Report on vaccination in Madras 1877-1894 - 1877-1894
Year: 1877
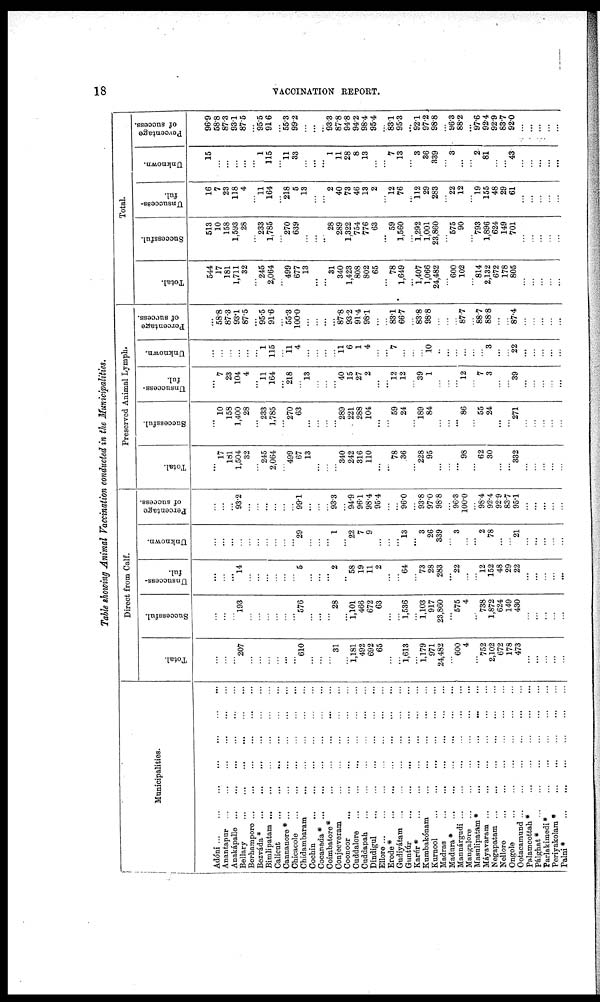
18
VACCINATION REPORT.
Table showing Animal Vaccination conducted in the Municipalities.
Municipalities.
Adóni
...
...
...
...
...
...
...
Anantapur ... ... ... ... ... ...
Anakápalle
...
...
...
...
...
...
Bellary
...
...
...
...
...
...
Berhampore ...
...
...
...
...
...
Bezváda*
...
...
...
...
...
...
Bimlipatam
...
...
...
...
...
...
Calicut
...
...
...
...
...
...
Cannanore*
...
...
...
...
...
...
Chicacole
...
...
...
...
...
...
Chidambaram
...
...
...
...
...
Cochin
...
...
...
...
...
...
Cocanada*
...
...
...
...
...
...
Coimbatore*
...
...
...
...
...
...
Conjeeveram
...
...
...
...
...
...
Coonoor
...
...
...
...
...
...
Cuddalore
...
...
...
...
...
...
Cuddapah
...
...
...
...
...
...
Dindigul
...
...
...
...
...
...
Ellore
...
...
...
...
...
...
Erode*
...
...
...
...
...
Gudiyátam ...
...
...
...
... ...
Guntúr
...
...
...
...
...
...
Karúr*
...
...
...
...
...
...
...
Kumbakónam
...
...
...
...
...
...
Kurnool ... ... ... ... ... ...
Madras
...
...
...
...
...
...
Madura*
...
...
...
...
...
...
Mannárgudi
...
...
...
...
...
...
Mangalore ...
...
...
...
...
...
Masulipatam*
...
...
...
...
...
...
Máyavaram
...
...
...
...
...
...
Negapatam
...
...
...
...
...
...
Nellore
...
...
...
...
...
...
Ongole
...
...
...
...
...
...
Ootacamund
...
...
...
...
...
...
Palamcottah *
...
...
...
...
...
...
Pálghat* ... ... ... ... ... ...
Parlakimedi*
...
...
...
...
...
...
Periyakolam *
...
...
...
...
...
...
Palni*
...
...
...
...
...
...
Direct from Calf.
Total.
...
...
...
207
...
...
...
...
...
...
610
...
...
...
31
...
1,181
492
692
65
...
...
1,613
...
1,179
971
24,482
...
600
4
...
752
2,102
672
178
473
...
...
...
...
...
Successful.
...
...
...
193
...
...
...
...
...
...
576
...
...
...
28
...
1,101
466
672
63
...
...
1,536
...
1,103
917
23,860
...
575
4
...
738
1,872
624
149
430
...
...
...
...
...
Unsuccess-
ful.
...
...
...
14
...
...
...
...
...
...
5
...
...
...
2
...
58
19
11
2
...
...
64
...
73
28
283
...
22
...
...
12
152
48
29
22
...
...
...
...
...
Unknown.
...
...
...
...
...
...
...
...
...
...
29
...
...
...
1
...
22
7
9
...
...
...
13
...
3
26
339
...
3
...
...
2
78
...
...
21
...
...
...
...
...
Percentage
of success.
...
...
...
93.2
...
...
...
...
...
...
99.1
...
...
...
93.3
...
94.9
96.1
98.4
95.4
...
...
96.0
...
93.8
97.0
98.8
...
96.3
100.0
...
98.4
92.4
92.9
83.7
95.1
...
...
...
...
...
Preserved Animal Lymph.
Total.
...
17
181
1,504
32
...
245
2,064
...
499
67
13
...
...
...
340
242
316
110
...
...
78
36
...
228
95
...
...
...
98
...
62
30
...
...
332
...
...
...
...
...
Successful.
...
10
158
1,400
28
...
233
1,785
...
270
63
...
...
...
...
289
221
288
104
...
...
59
24
...
189
84
...
...
...
86
...
55
24
...
...
271
...
...
...
...
...
Unsuccess-
ful.
...
7
23
104
4
...
11
164
...
218
...
13
...
...
...
40
15
27
2
...
...
12
12
...
39
1
...
...
...
12
...
7
3
...
...
39
...
...
...
...
...
Unknown.
...
...
...
...
...
...
1
115
...
11
4
...
...
...
...
11 6
1
4
...
...
7
...
...
...
10
...
...
...
...
...
...
3
...
...
22
...
...
...
...
...
Percentage
of success.
...
58.8
87.3
93.1
87.5
...
95.5
916
...
55.3
100.0
...
...
...
...
87.8
93.2
91.4
98.1
...
...
83.1
66.7
...
83.8
98.8
...
...
...
87.7
...
88.7
88.8
...
...
87.4
...
...
...
...
...
Total.
Total.
544
17
181
1,711
32
...
245
2,064
...
499
677
13
...
...
31
340
1,423
808
802
65
...
78
1,649
...
1,407
1,066
24,482
...
600
102
...
814
2,132
672
178
805
...
...
...
...
...
Successful.
513
10
158
1,593
28
...
233
1,785
...
270
639
...
...
...
28
289
1,322
754
776
63
...
59
1,560
...
1,292
1,001
23,860
...
575
90
...
793
1,896
624
149
701
...
...
...
...
...
Unsuccess-
ful.
16
7
23
118
4
...
11
164
...
218
5
13
...
...
2
40
73
46
13
2
...
12
76
...
112
29
283
...
22
12
...
19
155
48
29
61
...
...
...
...
...
Unknown.
15
...
...
...
...
...
1
115
...
ll
33
...
...
...
1
11
28
8
13
...
...
7
13
...
3
36
339
...
3
...
...
2
81
...
...
43
...
...
...
...
...
Percentage
of success.
96.9
58.8
87.3
93.1
87.5
...
95.5
91.6
...
55.3
99.2
...
...
...
93.3
87.8
94.8
94.2
98.4
95.4
...
83.1
95.3
...
92.1
97.2
98.8
...
96.3
88.2
...
97.6
92.4
92.9
83.7
92.0
...
...
...
...
...